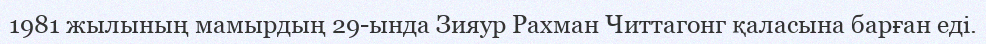
1981 жылының мамырдың 29-ында Зияур Рахман Читтагонг қаласына барған еді.